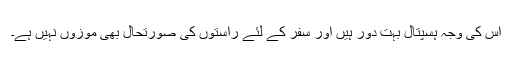
اس کی وجہ ہسپتال بہت دور ہیں اور سفر کے لئے راستوں کی صورتحال بھی موزوں نہیں ہے۔